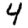
Digit: 4